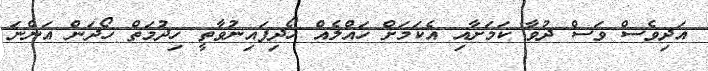
އަދިވެސް ވަސް ދުވާ ކަމަށާއި އެކަމަށް ހައްލެއް ހޯދިފައިނުވާތީ ހިދުމަތް ހޯދަން އަންނަ